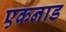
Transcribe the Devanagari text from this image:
एकनाड